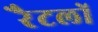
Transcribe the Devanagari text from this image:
रैटलों